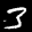
Label: 3